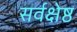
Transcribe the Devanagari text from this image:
सर्वक्षेष्ठ